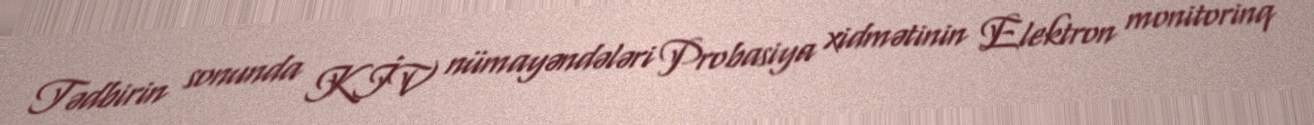
Tədbirin sonunda KİV nümayəndələri Probasiya xidmətinin Elektron monitorinq